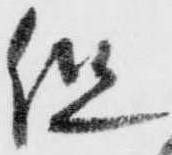
但